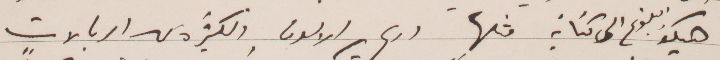
هيكو البلوغ الى كتابة مثلها وربح الالون ولكثرة كما الريالات